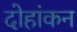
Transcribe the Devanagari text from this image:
दोहांकन